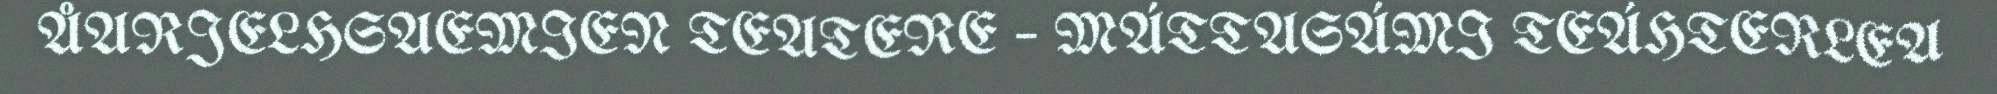
ÅARJELHSAEMIEN TEATERE – MÁTTASÁMI TEÁHTERLEA